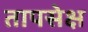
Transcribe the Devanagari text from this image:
तापसेक्ष